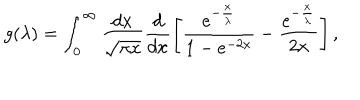
g ( \lambda ) = \int _ { 0 } ^ { \infty } \frac { d x } { \sqrt { \pi x } } \frac { d } { d x } \left[ \frac { e ^ { - \frac { x } { \lambda } } } { 1 - e ^ { - 2 x } } - \frac { e ^ { - \frac { x } { \lambda } } } { 2 x } \right] ,